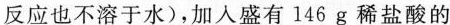
反应也不溶于水)，加入盛有146g稀盐酸的